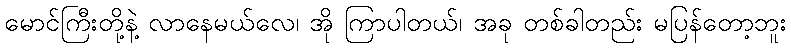
မောင်ကြီးတို့နဲ့ လာနေမယ်လေ၊ အို ကြာပါတယ်၊ အခု တစ်ခါတည်း မပြန်တော့ဘူး